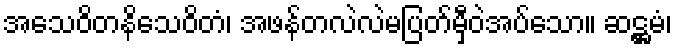
အသေဝိတနိသေဝိတံ၊ အဖန်တလဲလဲမပြတ်မှီဝဲအပ်သော။ ဆဋ္ဌမံ၊